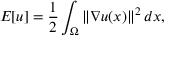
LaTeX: E [ u ] = { \frac { 1 } { 2 } } \int _ { \Omega } \| \nabla u ( x ) \| ^ { 2 } \, d x ,